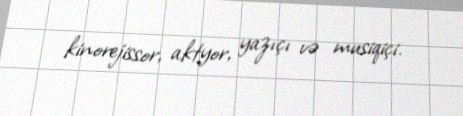
kinorejissor, aktyor, yazıçı və musiqiçi.